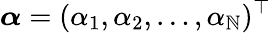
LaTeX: \boldsymbol{\alpha}=(\alpha_{1},\alpha_{2},\dots,\alpha_{\mathbb{N}})^{\top}